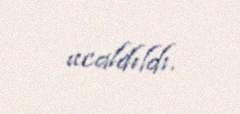
ucaldıldı.